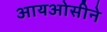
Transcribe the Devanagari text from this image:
आयओसीने